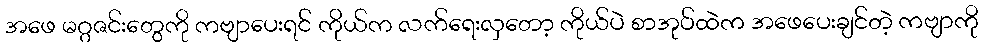
အဖေ မဂ္ဂဇင်းတွေကို ကဗျာပေးရင် ကိုယ်က လက်ရေးလှတော့ ကိုယ်ပဲ စာအုပ်ထဲက အဖေပေးချင်တဲ့ ကဗျာကို